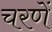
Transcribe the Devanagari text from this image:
चरणें